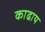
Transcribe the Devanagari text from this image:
काढाय